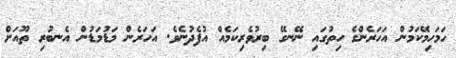
ހަމަހިމޭކަމުން އަހަރެންގެ ހިތުގައި ނޭނގޭ ބިރުވެރިކަމެއް އުފެދުނެވެ. އަހަރެން މަޑުމަޑުން އެނބުރި ތޫއަށް